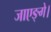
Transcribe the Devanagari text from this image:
जाएङ्गे।